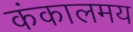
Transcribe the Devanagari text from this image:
कंकालमय